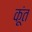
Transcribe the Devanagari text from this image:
कूंत